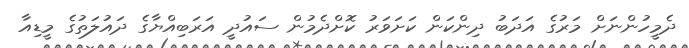
ދެމީހުންނަށް މަރުގެ އަދަބު ދިންކަން ކަށަވަރު ކޮށްދެމުން ސައުދީ އަރަބިއްޔާގެ ދައުލަތުގެ މީޑިއާ